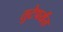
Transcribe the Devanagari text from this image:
तुटेपर्यंत